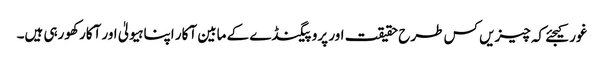
غور کیجئے کہ چیزیں کس طرح حقیقت اور پروپیگنڈے کے مابین آکار اپنا ہیولیٰ اور آکار کھورہی ہیں۔